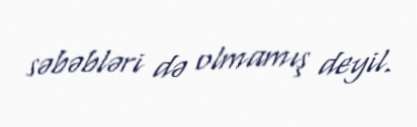
səbəbləri də olmamış deyil.